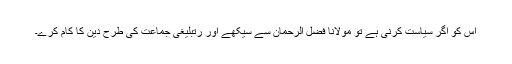
اس کو اگر سیاست کرنی ہے تو مولانا فضل الرحمان سے سیکھے اور رتبلیغی جماعت کی طرح دین کا کام کرے۔